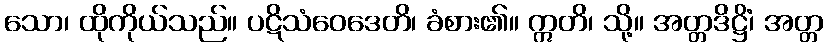
သော၊ ထိုကိုယ်သည်။ ပဋိသံဝေဒေတိ၊ ခံစား၏။ ဣတိ၊ သို့။ အတ္တဒိဋ္ဌိံ၊ အတ္တ